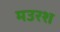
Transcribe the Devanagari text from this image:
मउरश